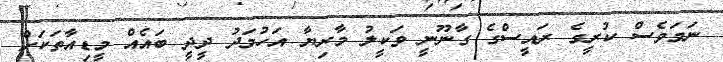
ނަމަވެސް ކުރީގެ ރައީސްގެ ގާނޫނީ ވަކީލު މާރިޔާ އަހުމަދު ދީދީ ބައެއް މީޑިއާތަކަށް